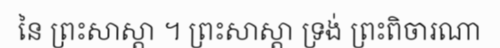
នៃ ព្រះសាស្តា ។ ព្រះសាស្តា ទ្រង់ ព្រះពិចារណា